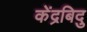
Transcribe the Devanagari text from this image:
केंद्रबिदु